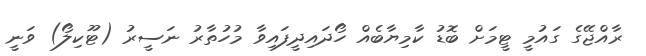
ރާއްޖޭގެ ގައުމީ ޓީމަށް ބޮޑު ކާމިޔާބެއް ހޯދައިދީފައިވާ މުހުތާރު ނަސީރު (ޓޫކިލޯ) ވަނީ